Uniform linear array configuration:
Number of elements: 48
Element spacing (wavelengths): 0.5
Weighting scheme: kaiser
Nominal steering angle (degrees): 45
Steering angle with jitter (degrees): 45.782
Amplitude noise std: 0.05
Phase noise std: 0.05

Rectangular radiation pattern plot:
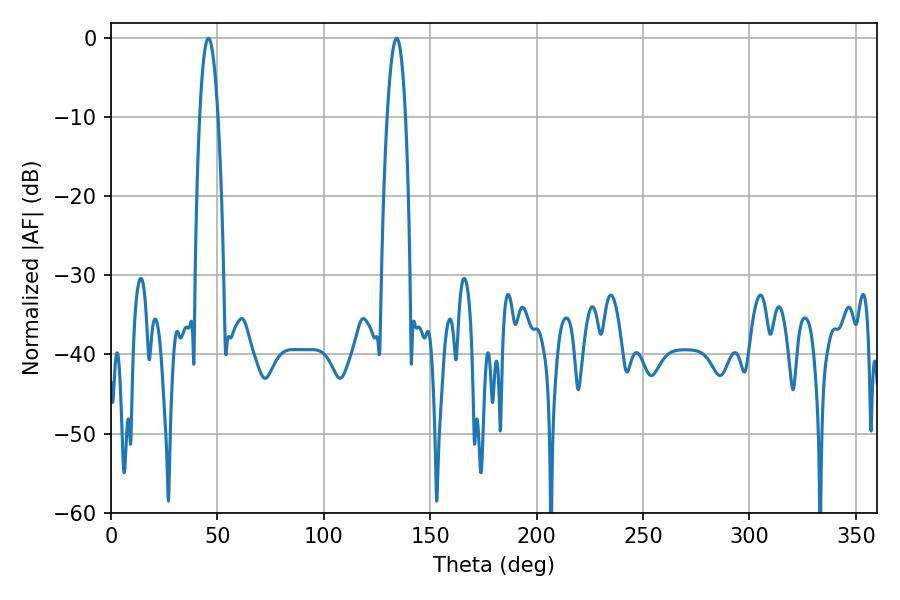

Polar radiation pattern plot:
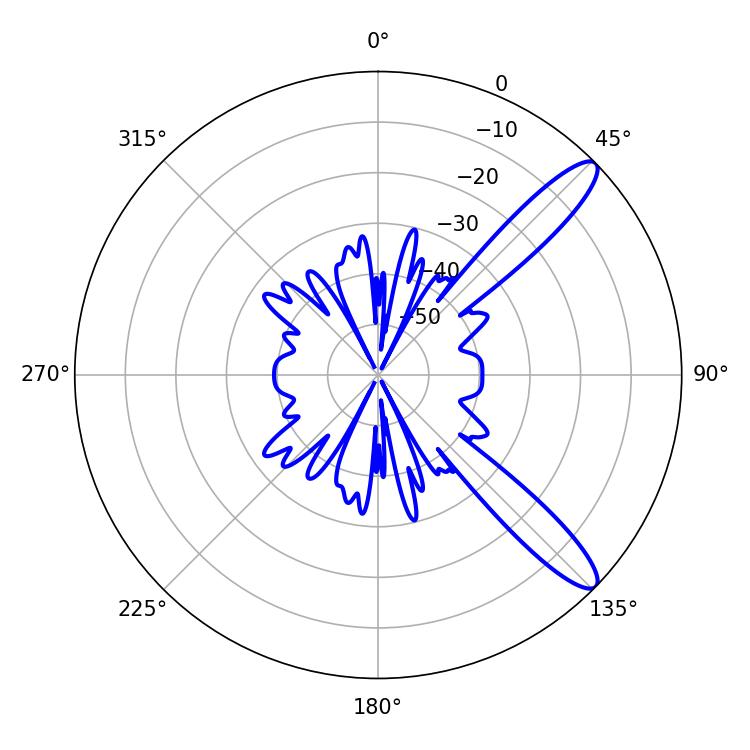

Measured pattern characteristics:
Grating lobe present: FALSE
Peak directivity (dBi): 11.919
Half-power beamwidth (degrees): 4.68
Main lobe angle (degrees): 45.72